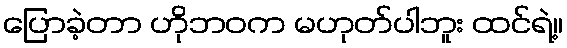
ပြောခဲ့တာ ဟိုဘဝက မဟုတ်ပါဘူး ထင်ရဲ့။